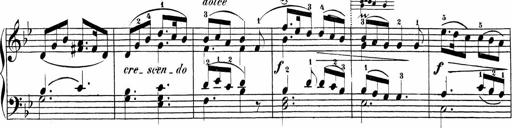
Title: Sonatinas
Composer: Andrew Violette